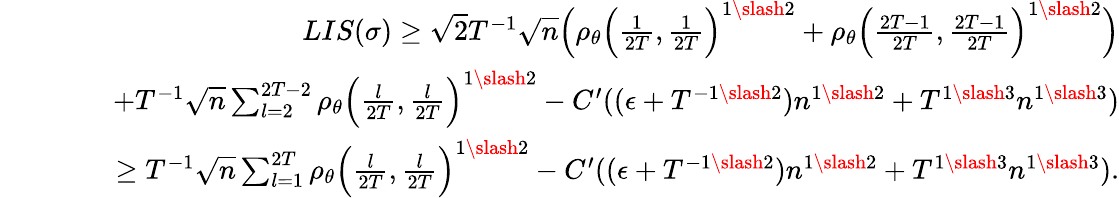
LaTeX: \begin{array}{rlr}&{}&{LIS(\sigma)\geq\sqrt{2}T^{-1}\sqrt{n}\Big(\rho_{\theta}\Big(\frac{1}{2T},\frac{1}{2T}\Big)^{1\slash 2}+\rho_{\theta}\Big(\frac{2T-1}{2T},\frac{2T-1}{2T}\Big)^{1\slash 2}\Big)}\\ &{}&{\quad\quad+T^{-1}\sqrt{n}\sum_{l=2}^{2T-2}\rho_{\theta}\Big(\frac{l}{2T},\frac{l}{2T}\Big)^{1\slash 2}-C^{\prime}((\epsilon+T^{-1\slash 2})n^{1\slash 2}+T^{1\slash 3}n^{1\slash 3})}\\ &{}&{\geq T^{-1}\sqrt{n}\sum_{l=1}^{2T}\rho_{\theta}\Big(\frac{l}{2T},\frac{l}{2T}\Big)^{1\slash 2}-C^{\prime}((\epsilon+T^{-1\slash 2})n^{1\slash 2}+T^{1\slash 3}n^{1\slash 3}).}\end{array}